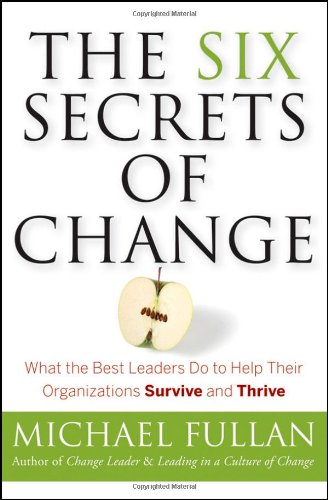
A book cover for The Six Secrets of Change: What the Best Leaders Do to Help Their Organizations Survive and Thrive; Michael Fullan; Business & Money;